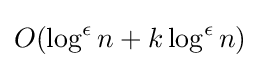
O(\log ^{\epsilon }n+k\log ^{\epsilon }n)